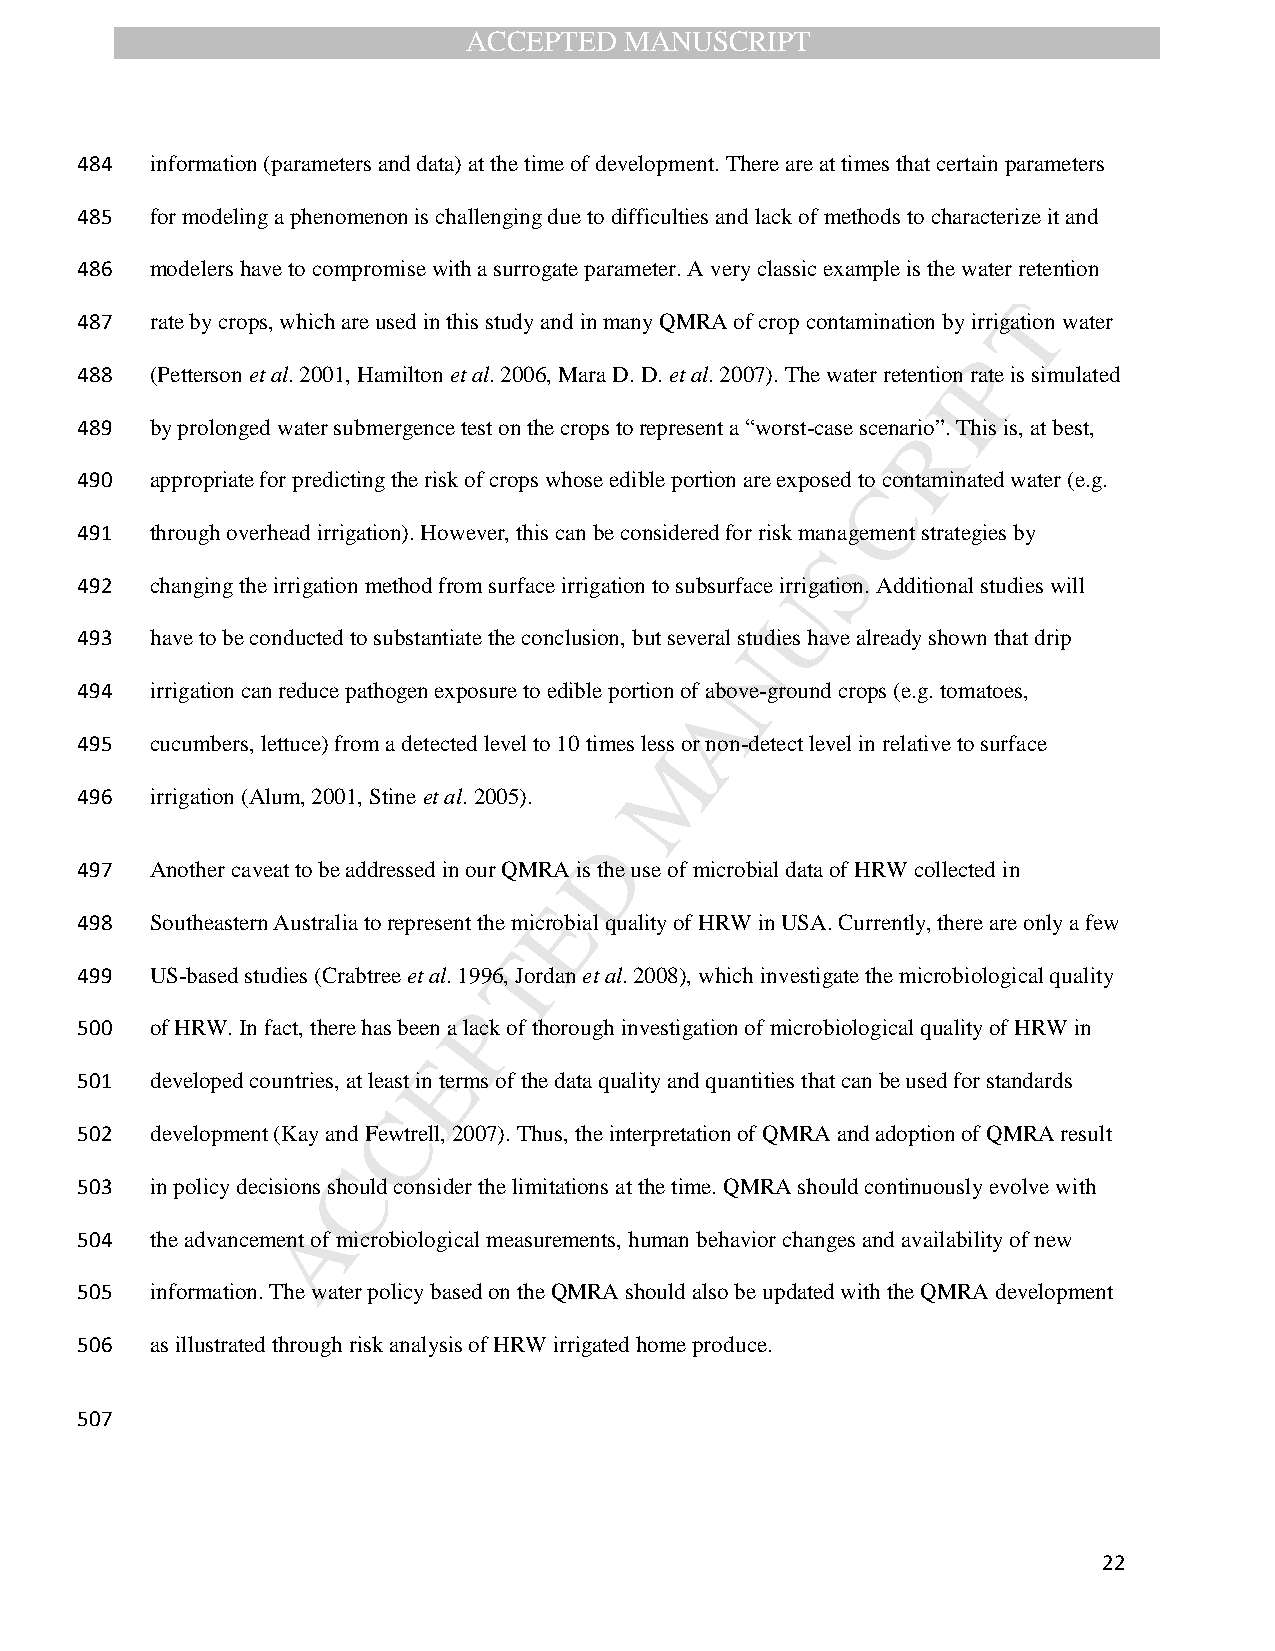
ACCEPTED  MANUSCRIPT
 484  information (parameters and data) at the time of development. There are at times that certain parameters
 485  for modeling a phenomenon is challenging due to difficulties and lack of methods to characterize it and
 486  modelers have to compromise with a surrogate parameter. A very classic example is the water retention
 T
 487  rate by crops, which are used in this study and in many QMRA of crop contamination by irrigation water
 P
 488  (Petterson et al. 2001, Hamilton et al. 2006, Mara D. D. et al. 2007). The water retention rate is simulated
 I
 489  by prolonged water submergence test on the crops to represent a “worst-case scenarRio”. This is, at best,
 490  appropriate for predicting the risk of crops whose edible portion are exposed toC contaminated water (e.g.
 491  through overhead irrigation). However, this can be considered for risk management strategies by
 S
 492  changing the irrigation method from surface irrigation to subsurface iUrrigation. Additional studies will
 493  have to be conducted to substantiate the conclusion, but several studies have already shown that drip
 N
 494  irrigation can reduce pathogen exposure to edible portion of above-ground crops (e.g. tomatoes,
 A
 495  cucumbers, lettuce) from a detected level to 10 times less or non-detect level in relative to surface
 M
 496  irrigation (Alum, 2001, Stine et al. 2005).
 D
 497  Another caveat to be addressed in our QMRA is the use of microbial data of HRW collected in
 E
 498  Southeastern Australia to represent the microbial quality of HRW in USA. Currently, there are only a few
 T
 499  US-based studies (Crabtree et al. 1996, Jordan et al. 2008), which investigate the microbiological quality
 P
 500  of HRW. In fact, there has been a lack of thorough investigation of microbiological quality of HRW in
 E
 501  developed countries, at least in terms of the data quality and quantities that can be used for standards
 C
 502  development (Kay and Fewtrell, 2007). Thus, the interpretation of QMRA and adoption of QMRA result
 C
 503  in policy decisions should consider the limitations at the time. QMRA should continuously evolve with
 A
 504  the advancement of microbiological measurements, human behavior changes and availability of new
 505  information. The water policy based on the QMRA should also be updated with the QMRA development
 506  as illustrated through risk analysis of HRW irrigated home produce.
 507
 22